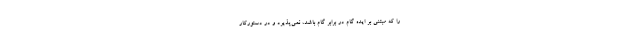
را که مبتنی بر ایده گام در برابر گام باشد، نمی‌پذیرد و در دستورکار